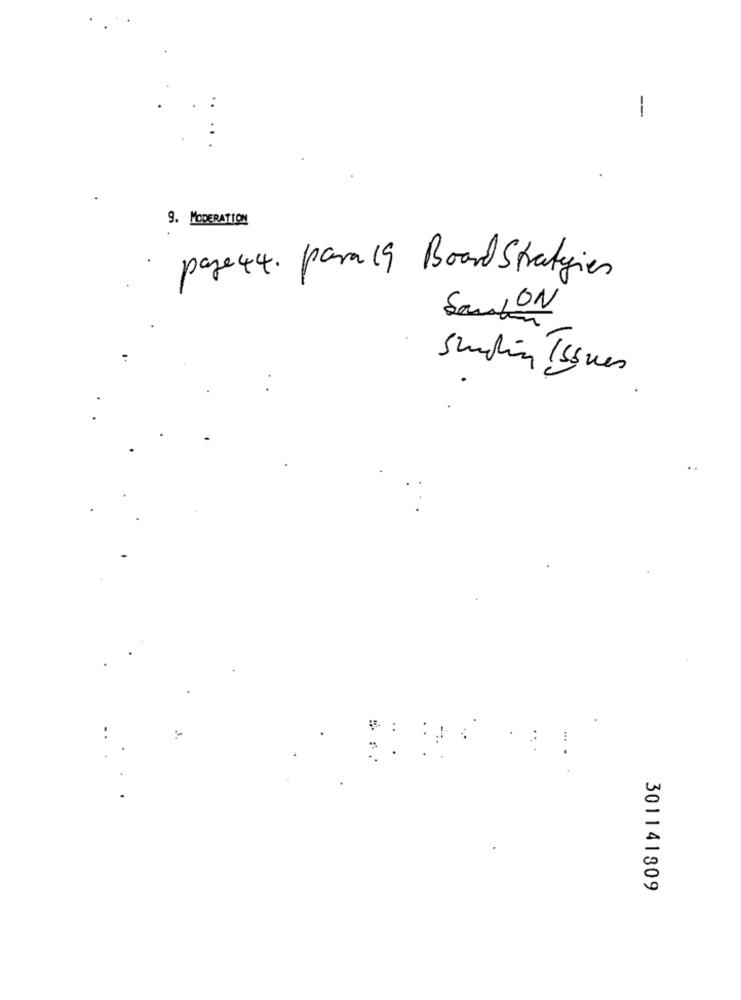
-
9. MODERATION
page 44. para 19 Board Strategies
Sand ON
Sundin Issues
301141809